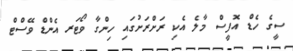
ސީގެ ހެޑް އޮފީސް މާލެ އެކި ރަށްރަށުގައި ހިންގާ ވޯޓަރ އެންޑް ވޭސްޓް